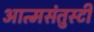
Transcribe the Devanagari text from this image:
आत्मसंतुस्टी